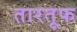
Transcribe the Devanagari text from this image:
तारतूफ